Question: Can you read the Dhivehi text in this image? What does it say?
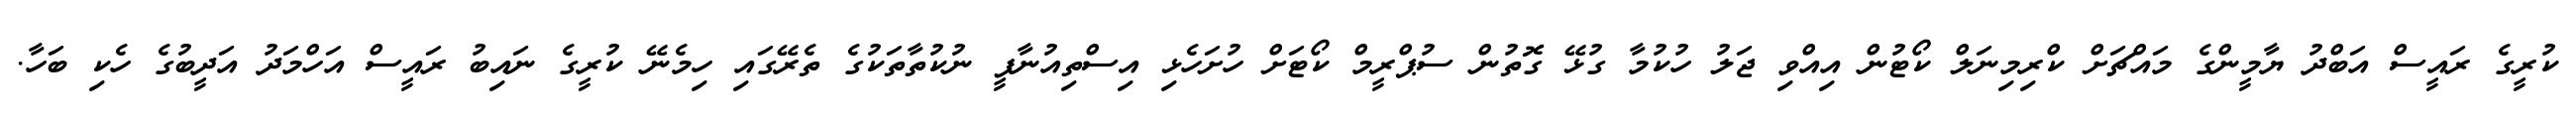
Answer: ކުރީގެ ރައީސް އަބްދު ޔާމީންގެ މައްޗަށް ކްރިމިނަލް ކޯޓުން އިއްވި ޖަލު ހުކުމާ ގުޅޭ ގޮތުން ސުޕްރީމް ކޯޓަށް ހުށަހެޅި އިސްތިއުނާފީ ނުކުތާތަކުގެ ތެރޭގައި ހިމެނޭ ކުރީގެ ނައިބު ރައީސް އަހްމަދު އަދީބުގެ ހެކި ބަހާ.